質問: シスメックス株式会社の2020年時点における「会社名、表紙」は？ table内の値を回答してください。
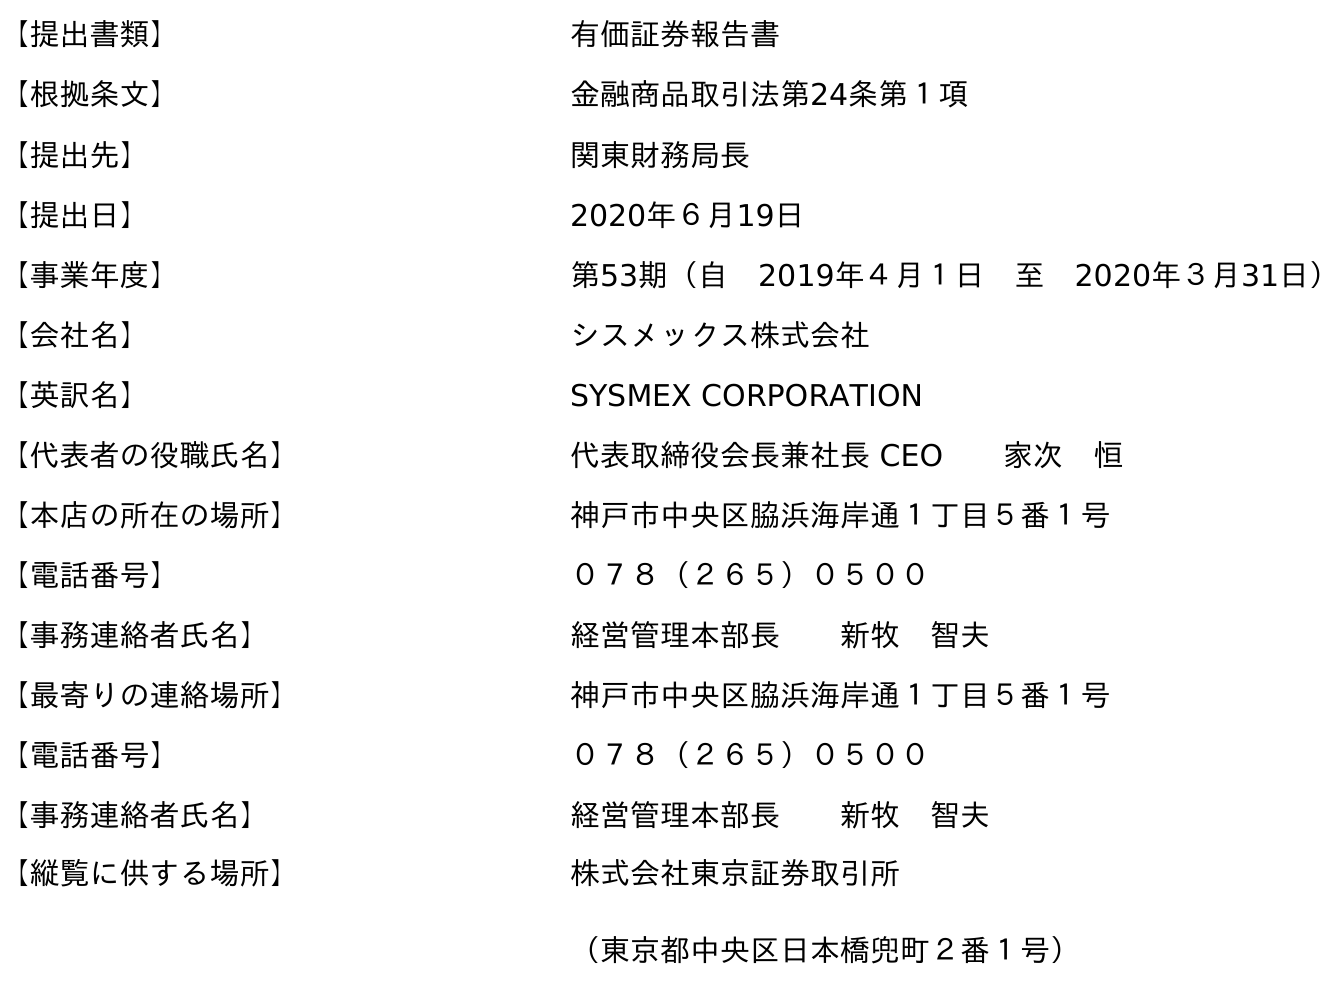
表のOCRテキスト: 【提出書類】 有価証券報告書 【根拠条文】 金融商品取引法第24条第１項 【提出先】 関東財務局長 【提出日】 2020年６月19日 【事業年度】 第53期（自 2019年４月１日 至 2020年３月31日） 【会社名】 シスメックス株式会社 【英訳名】 SYSMEX CORPORATION 【代表者の役職氏名】 代表取締役会長兼社長 CEO  家次 恒 【本店の所在の場所】 神戶市中央区脇浜海岸通１丁目５番１号 【電話番号】 ０７８（２６５）０５００ 【事務連絡者氏名】 経営管理本部長  新牧 智夫 【最寄りの連絡場所】 神戶市中央区脇浜海岸通１丁目５番１号 【電話番号】 ０７８（２６５）０５００ 【事務連絡者氏名】 経営管理本部長  新牧 智夫 【縦覧に供する場所】 株式会社東京証券取引所 （東京都中央区日本橋兜町２番１号）
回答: シスメックス株式会社